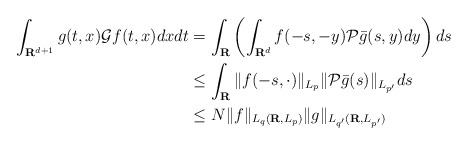
\begin{align*}\int_{\mathbf{R}^{d+1}}g(t,x)\mathcal{G}f(t,x)dxdt &=\int_{\mathbf{R}}\left(\int_{\mathbf{R}^{d}}f(-s,-y)\mathcal{P}\bar{g}(s,y)dy\right)ds \\&\leq \int_{\mathbf{R}}\|f(-s,\cdot)\|_{L_{p}}\|\mathcal{P}\bar{g}(s)\|_{L_{p'}}ds\\&\leq N\|f\|_{L_{q}(\mathbf{R},L_{p})}\|g\|_{L_{q'}(\mathbf{R},L_{p'})}\end{align*}